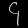
Digit: ၄